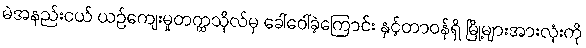
မဲအနည်းငယ် ယဉ်ကျေးမှုတက္ကသိုလ်မှ ခေါ်ဝေါ်ခဲ့ကြောင်း နှင့်တာဝန်ရှိ မြို့များအားလုံးကို